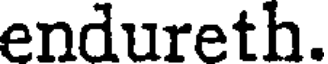
endureth.